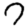
Digit: 7